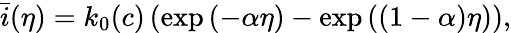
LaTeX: \bar{i}(\eta)=k_{0}(c)\left(\exp{\left(-\alpha\eta\right)}-\exp{\left((1-\alpha)\eta\right)}\right),